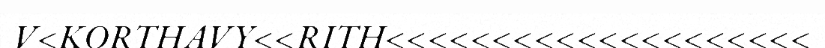
V<KORTHAVY<<RITH<<<<<<<<<<<<<<<<<<<<